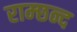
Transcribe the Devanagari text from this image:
राम्छन्द